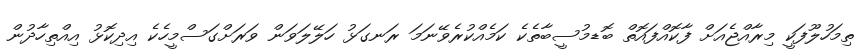
ތިމަހުލޫފަކީ މިރާއްޖެއަށް ފާކޮއްފައޮތް ބޮޑމުސީބާތެކެ ކަމެއްކުރެވޭނަމަ ރަނގަޅު ހަލޭލަވަން ވަރަށްގަސްމީހެކެ އިދިކޮޅު އިއްތިހާދުން